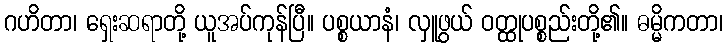
ဂဟိတာ၊ ရှေးဆရာတို့ ယူအပ်ကုန်ပြီ။ ပစ္စယာနံ၊ လှူဖွယ် ဝတ္ထုပစ္စည်းတို့၏။ ဓမ္မိကတာ၊